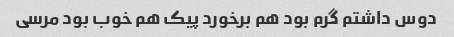
دوس داشتم گرم بود هم برخورد پیک هم خوب بود مرسی